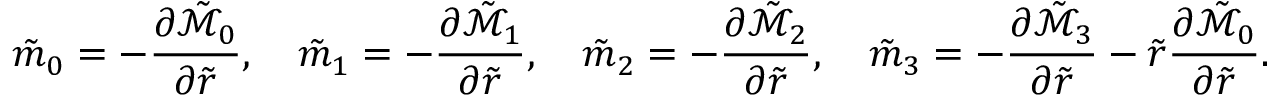
\tilde { m } _ { 0 } = - \frac { \partial \tilde { \mathcal { M } } _ { 0 } } { \partial \tilde { r } } , \quad \tilde { m } _ { 1 } = - \frac { \partial \tilde { \mathcal { M } } _ { 1 } } { \partial \tilde { r } } , \quad \tilde { m } _ { 2 } = - \frac { \partial \tilde { \mathcal { M } } _ { 2 } } { \partial \tilde { r } } , \quad \tilde { m } _ { 3 } = - \frac { \partial \tilde { \mathcal { M } } _ { 3 } } { \partial \tilde { r } } - \tilde { r } \frac { \partial \tilde { \mathcal { M } } _ { 0 } } { \partial \tilde { r } } .